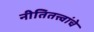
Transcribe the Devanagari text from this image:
नीतितत्त्वांचे